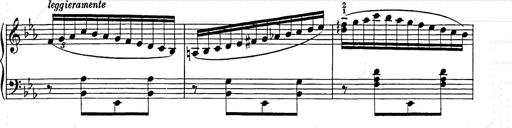
Title: Hungarian Rhapsody No.9
Composer: Franz Liszt
Key: E-flat major